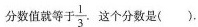
分数值就等于\frac{1}{3}.这个分数是().